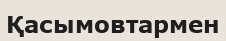
Қасымовтармен